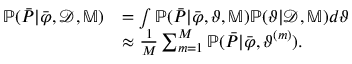
\begin{array} { r l } { \mathbb { P } ( \boldsymbol { \bar { P } } | \boldsymbol { \bar { \varphi } } , \mathcal { D } , \mathbb { M } ) } & { = \int \mathbb { P } ( \boldsymbol { \bar { P } } | \boldsymbol { \bar { \varphi } } , \boldsymbol { \vartheta } , \mathbb { M } ) \mathbb { P } ( \boldsymbol { \vartheta } | \mathcal { D } , \mathbb { M } ) d \boldsymbol { \vartheta } } \\ & { \approx \frac { 1 } { M } \sum _ { m = 1 } ^ { M } \mathbb { P } ( \boldsymbol { \bar { P } } | \boldsymbol { \bar { \varphi } } , \boldsymbol { \vartheta } ^ { ( m ) } ) . } \end{array}